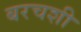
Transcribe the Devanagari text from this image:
बरचशी